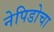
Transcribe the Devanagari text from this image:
नेपिडोचा